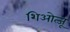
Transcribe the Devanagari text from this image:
शिओत्जू